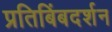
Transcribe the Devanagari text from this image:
प्रतिबिंबदर्शन